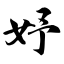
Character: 妤